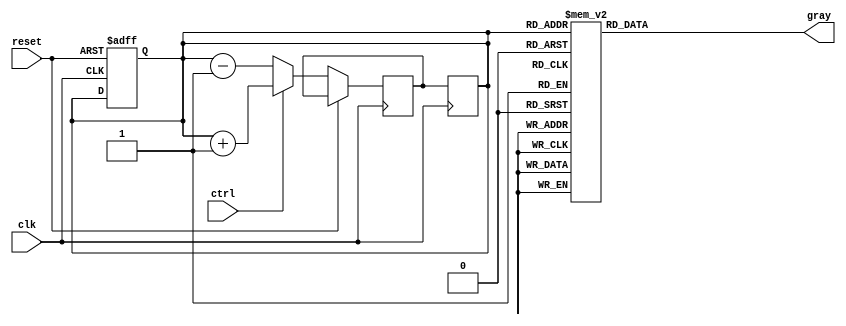
module gray_counter (
    input                 clk,
    input                 reset,
    input                 ctrl,
    output reg [3:0]       gray
);

reg [3:0] gray_next;
reg [3:0] gray_reg;

always @ (posedge clk or posedge reset)
begin
    if (reset)
        gray_reg <= 4'b0000;
    else if (ctrl)
        gray_next <= gray_reg + 1;
    else
        gray_next <= gray_reg - 1;
end

always @ (*)
begin
    case (gray_reg)
        4'b0000: gray = 4'b0000;
        4'b0001: gray = 4'b0001;
        4'b0010: gray = 4'b0011;
        4'b0011: gray = 4'b0010;
        4'b0100: gray = 4'b0110;
        4'b0101: gray = 4'b0111;
        4'b0110: gray = 4'b0101;
        4'b0111: gray = 4'b0100;
        4'b1000: gray = 4'b1100;
        4'b1001: gray = 4'b1101;
        4'b1010: gray = 4'b1111;
        4'b1011: gray = 4'b1110;
        4'b1100: gray = 4'b1010;
        4'b1101: gray = 4'b1011;
        4'b1110: gray = 4'b1001;
        4'b1111: gray = 4'b1000;
        default: gray = 4'bxxxx;
    endcase
end

always @ (posedge clk)
begin
    gray_reg <= gray_next;
end

endmodule